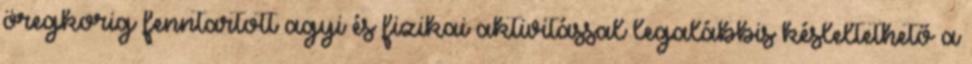
öregkorig fenntartott agyi és fizikai aktivitással legalábbis késleltethető a